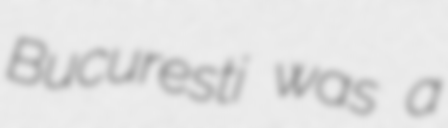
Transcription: Bucuresti was a